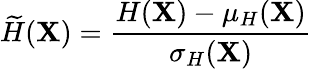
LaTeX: \widetilde{H}(\mathbf{X})=\frac{H(\mathbf{X})-\mu_{H}(\mathbf{X})}{\sigma_{H}(\mathbf{X})}